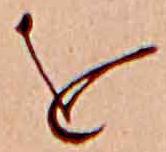
を